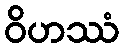
ဝိဟဿံ